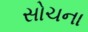
સોચના